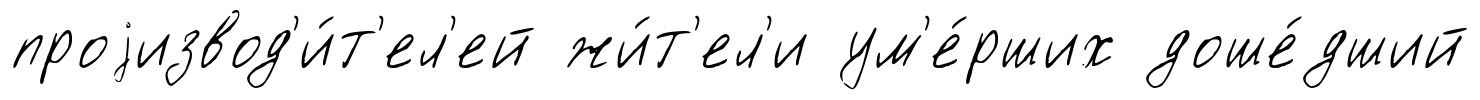
проjизвод'и́т'ел'ей жи́т'ел'и ум'е́рших доше́дший